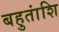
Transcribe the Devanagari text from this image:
बहुतांशि